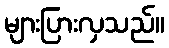
များပြားလှသည်။